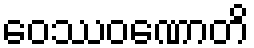
ဝေဿဝဏောတိ